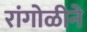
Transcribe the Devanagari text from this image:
रांंगोळीने